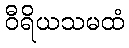
ဝီရိယသမထံ